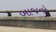
બાજનો